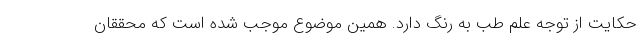
حکایت از توجه علم طب به رنگ دارد. همین موضوع موجب شده است که محققان